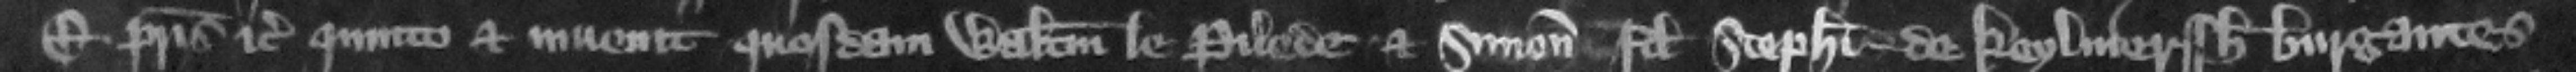
Edwardi patris etc. quinto et inuenit quosdam Walterum le Pilede et Simonem filium Stephani de Keylmerssh burgantes